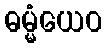
ဓမ္မံယေဝ